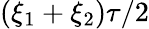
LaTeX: (\xi_{1}+\xi_{2})\tau/2